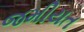
જમીયત